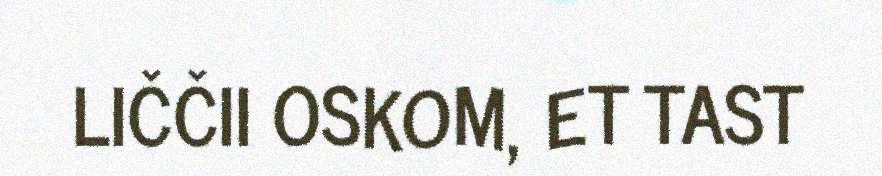
LIČČII OSKOM, ET TAST